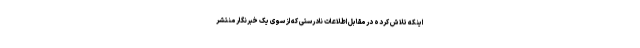
اینکه تلاش کرده در مقابل اطلاعات نادرستی که از سوی یک خبرنگار منتشر